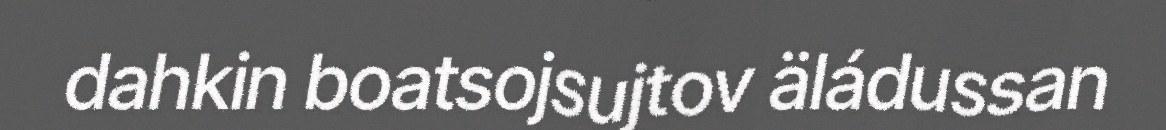
dahkin boatsojsujtov äládussan